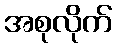
အစုလိုက်